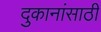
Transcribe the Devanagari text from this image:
दुकानांसाठी